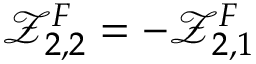
\mathcal { Z } _ { 2 , 2 } ^ { F } = - \mathcal { Z } _ { 2 , 1 } ^ { F }